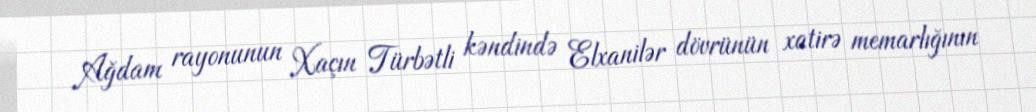
Ağdam rayonunun Xaçın Türbətli kəndində Elxanilər dövrünün xatirə memarlığının